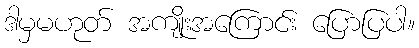
ဒါမှမဟုတ် အကျိုးအကြောင်း ပြောပြပါ။